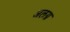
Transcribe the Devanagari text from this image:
अलग्न